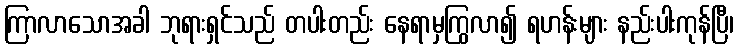
ကြာလာသောအခါ ဘုရားရှင်သည် တပါးတည်း နေရာမှကြွလာ၍ ရဟန်းများ နည်းပါးကုန်ပြီ၊